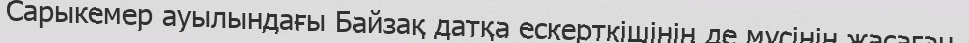
Сарыкемер ауылындағы Байзақ датқа ескерткішінің де мүсінін жасаған.